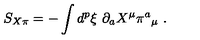
S _ { X \pi } = - \int d ^ { p } \xi \ \partial _ { a } X ^ { \mu } \pi ^ { a } { _ { \mu } } \ .